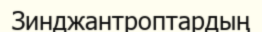
Зинджантроптардың